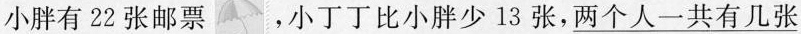
小胖有22张邮票，小丁丁比小胖少13张，两个人一共有几张